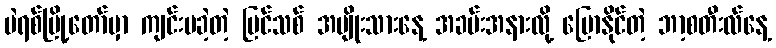
ပဲရစ်မြို့တော်မှာ ကျင်းပခဲ့တဲ့ ပြင်သစ် အမျိုးသားနေ့ အခမ်းအနားလို့ ပြောနိုင်တဲ့ ဘာ့စတီးလ်နေ့